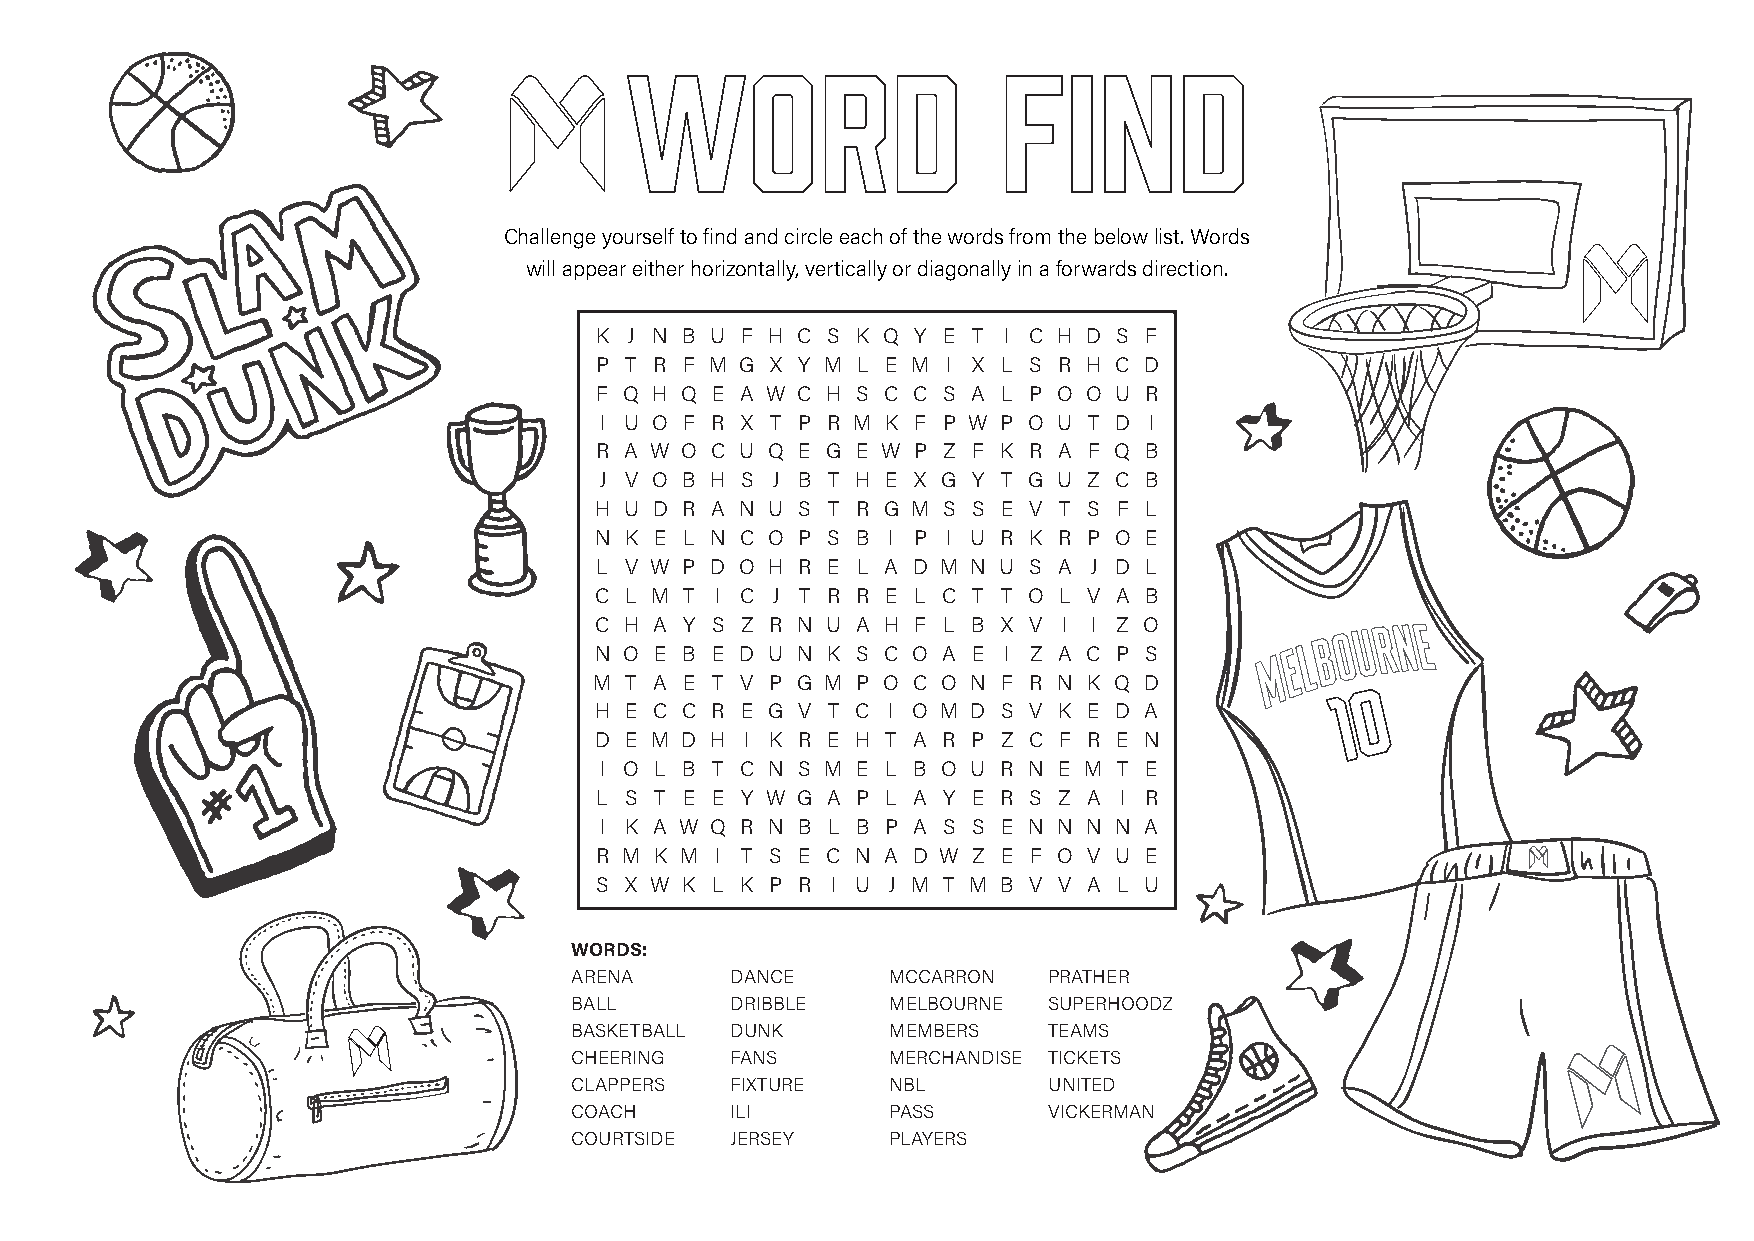
Challenge yourself to find and circle each of the words from the below list. Words
 will appear either horizontally, vertically or diagonally in a forwards direction.
 K  J N B U F H C S K Q Y E T I C H D S F
 P T R F M G X Y M L E M I X L S R H C D
 F Q H Q E A W C H S C C S A L P O O U R
 I U O F R X T P R M K F P W P O U T D I
 R A W O C U Q E G E W P Z F K R A F Q B
 J V O B H S J B T H E X G Y T G U Z C B
 H U D R A N U S T R G M S S E V T S F L
 N K E L N C O P S B I P I U R K R P O E
 L V W P D O H R E L A D M N U S A J D L
 C L M T I C J T R R E L C T T O L V A B
 C H A Y S Z R N U A H F L B X V I I Z O
 N O E B E D U N K S C O A E I Z A C P S
 M T A E T V P G M P O C O N F R N K Q D
 H E C C R E G V T C I O M D S V K E D A
 D E M D H I K R E H T A R P Z C F R E N
 I O L B T C N S M E L B O U R N E M T E
 L S T E E Y W G A P L A Y E R S Z A I R
 I K A W Q R N B L B P A S S E N N N N A
 R M K M I T S E C N A D W Z E F O V U E
 S X W K L K P R I U J M T M B V V A L U
 WORDS:
 ARENA     DANCE      MCCARRON  PRATHER
 BALL      DRIBBLE    MELBOURNE SUPERHOODZ
 BASKETBALL DUNK      MEMBERS   TEAMS
 CHEERING  FANS       MERCHANDISE TICKETS
 CLAPPERS  FIXTURE    NBL       UNITED
 COACH     ILI        PASS      VICKERMAN
 COURTSIDE JERSEY     PLAYERS